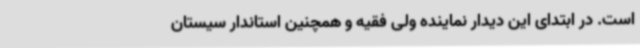
است. در ابتدای این دیدار نماینده ولی فقیه و همچنین استاندار سیستان